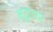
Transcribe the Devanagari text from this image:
मृदुपणा